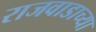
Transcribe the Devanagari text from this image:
राजवाडाच्या